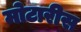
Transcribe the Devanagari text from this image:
मोटारीस